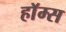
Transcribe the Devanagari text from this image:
हाॅम्स